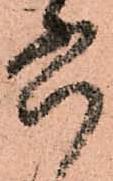
六